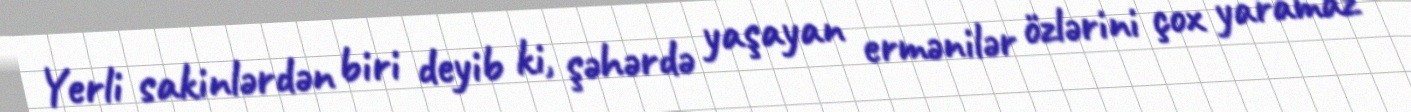
Yerli sakinlərdən biri deyib ki, şəhərdə yaşayan ermənilər özlərini çox yaramaz